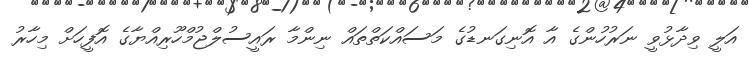
އަލީ ވިދާޅުވީ ނަރުހުންގެ އާ އޮނިގަނޑުގެ މަސައްކަތްތައް ނިންމާ ރައީސުލްޖުމްހޫރިއްޔާގެ އޮފީހަށް މިހާރު